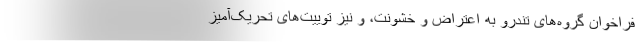
فراخوان گروه‌های تندرو به اعتراض و خشونت، و نیز توییت‌های تحریک‌آمیز